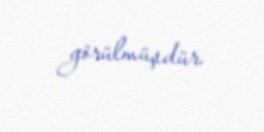
görülmüşdür.